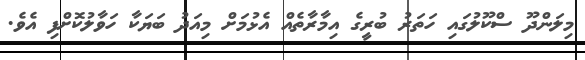
މިލަންދޫ ސްކޫލުގައި ހަތަރު ބުރީގެ އިމާރާތެއް އެޅުމަށް މިއަދު ބަޔަކާ ހަވާލުކޮށްފި އެވެ.